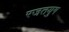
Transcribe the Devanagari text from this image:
रजतयुग